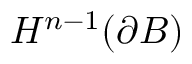
H ^ { n - 1 } ( \partial B )